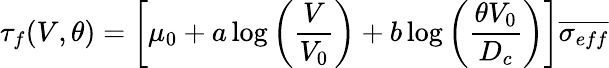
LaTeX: \tau_{f}(V,\theta)=\left[\mu_{0}+a\log\left(\frac{V}{V_{0}}\right)+b\log\left(\frac{\theta V_{0}}{D_{c}}\right)\right]\overline{{\sigma_{eff}}}